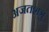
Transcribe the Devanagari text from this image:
अजतशत्रु